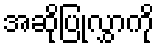
အဆိုပြုလွှာကို